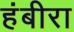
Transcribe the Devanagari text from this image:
हंबीरा